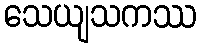
သေယျသကဿ